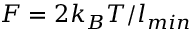
F = 2 k _ { B } T / l _ { m i n }